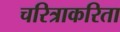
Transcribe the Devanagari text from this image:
चरित्राकरिता